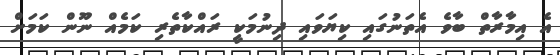
އެ އިމާރާތް ބާވެ އެތަނުގައި ކިޔަވައި ދިނުމަކީ ރައްކާތެރި ކަމެއް ނޫން ކަމަށް